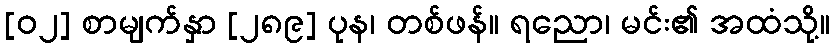
[၀၂] စာမျက်နှာ [၂၈၉] ပုန၊ တစ်ဖန်။ ရညော၊ မင်း၏ အထံသို့။